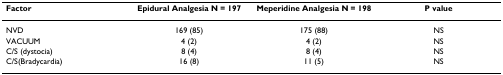
<table><thead><tr><td><b>Factor</b></td><td><b>Epidural Analgesia N = 197</b></td><td><b>Meperidine Analgesia N = 198</b></td><td><b>P value</b></td></tr></thead><tbody><tr><td>NVD</td><td>169 (85)</td><td>175 (88)</td><td>NS</td></tr><tr><td>VACUUM</td><td>4 (2)</td><td>4 (2)</td><td>NS</td></tr><tr><td>C/S (dystocia)</td><td>8 (4)</td><td>8 (4)</td><td>NS</td></tr><tr><td>C/S(Bradycardia)</td><td>16 (8)</td><td>11 (5)</td><td>NS</td></tr></tbody></table>